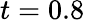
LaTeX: t=0.8